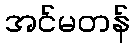
အင်မတန်